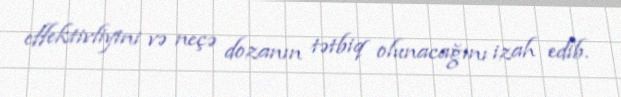
effektivliyini və neçə dozanın tətbiq olunacağını izah edib.